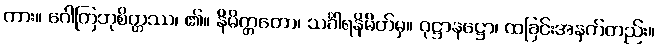
ကား။ ဂေါတြဘုစိတ္တဿ၊ ၏။ နိမိတ္တတော၊ သင်္ခါရနိမိတ်မှ။ ဝုဋ္ဌာနဋ္ဌော၊ ထခြင်းအနက်တည်း။